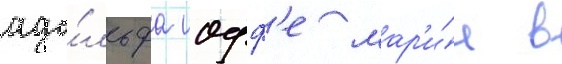
адо́льфа иофф'е мар'и́я в